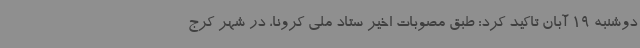
دوشنبه 19 آبان تاکید کرد: طبق مصوبات اخیر ستاد ملی کرونا، در شهر کرج